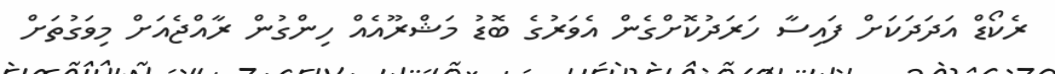
ރެކޯޑް އަދަދަކަށް ފައިސާ ހަރަދުކޮށްގެން އެވަރުގެ ބޮޑު މަޝްރޫއެއް ހިންގުން ރާއްޖެއަށް މިވަގުތަށް